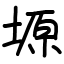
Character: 塬